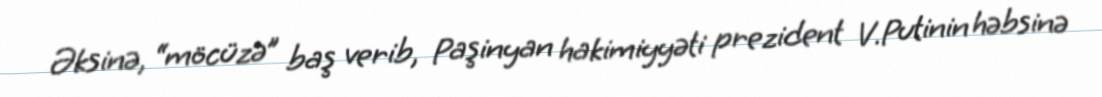
Əksinə, “möcüzə” baş verib, Paşinyan hakimiyyəti prezident V.Putinin həbsinə